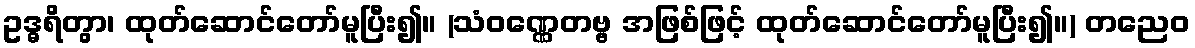
ဥဒ္ဓရိတွာ၊ ထုတ်ဆောင်တော်မူပြီး၍။ (သံဝဏ္ဏေတဗ္ဗ အဖြစ်ဖြင့် ထုတ်ဆောင်တော်မူပြီး၍။) တညေဝ